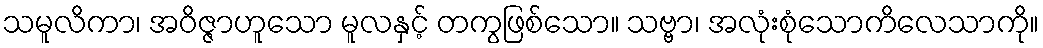
သမူလိကာ၊ အဝိဇ္ဇာဟူသော မူလနှင့် တကွဖြစ်သော။ သဗ္ဗာ၊ အလုံးစုံသောကိလေသာကို။